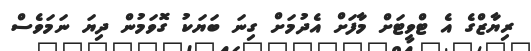
ރިޔާޒްގެ އެ ޓްވީޓަށް މާފަށް އެދުމަށް ގިނަ ބަޔަކު ގޮވަމުން ދިޔަ ނަމަވެސް